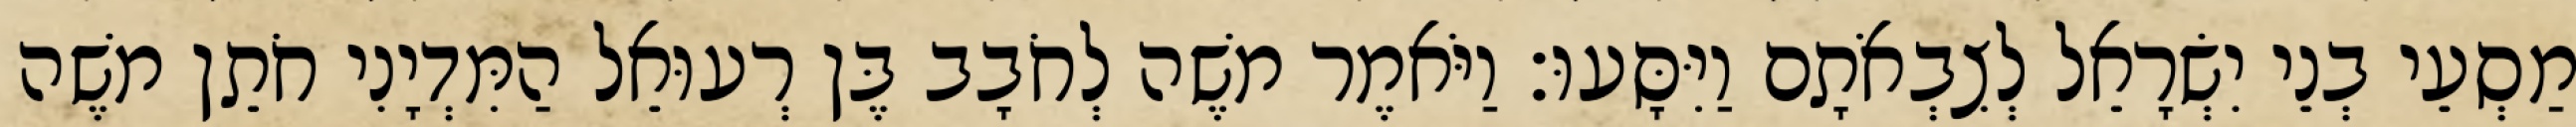
מַסְעֵי בְנֵי יִשְׂרָאֵל לְצִבְאֹתָם וַיִּסָּעוּ׃ וַיֹּאמֶר משֶׁה לְחֹבָב בֶּן רְעוּאֵל הַמִּדְיָנִי חֹתֵן משֶׁה